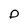
Character: o